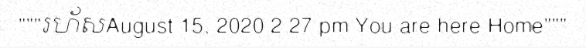
"""រហ័សAugust 15, 2020 2:27 pm You are here:Home"""